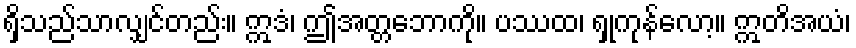
ရှိသည်သာလျှင်တည်း။ ဣဒံ၊ ဤအတ္တဘောကို။ ပဿထ၊ ရှုကုန်လော့။ ဣတိအယံ၊